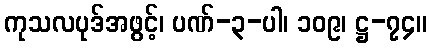
ကုသလပုဒ်အဖွင့်၊ ပဏ်-၃-ပါ၊ ၁၀၉၊ ဋ္ဌ-၇၄။